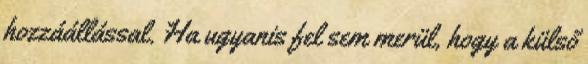
hozzáállással. Ha ugyanis fel sem merül, hogy a külső